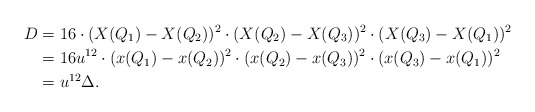
\begin{align*}D &= 16\cdot (X(Q_1)-X(Q_2))^2\cdot (X(Q_2)-X(Q_3))^2\cdot (X(Q_3)-X(Q_1))^2\\&= 16u^{12}\cdot (x(Q_1)-x(Q_2))^2\cdot (x(Q_2)-x(Q_3))^2\cdot (x(Q_3)-x(Q_1))^2 \\&= u^{12}\Delta.\end{align*}